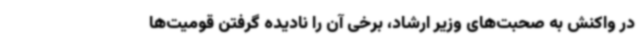
در واکنش به صحبت‌های وزیر ارشاد، برخی آن را نادیده گرفتن قومیت‌ها